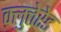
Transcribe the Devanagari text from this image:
क्लुत्तेरेड